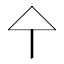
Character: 㐃